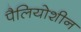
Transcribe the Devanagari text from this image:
पैलियोशीन